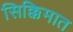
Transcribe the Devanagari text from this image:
सिक्किमात